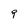
Character: 9